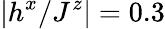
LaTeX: |h^{x}/J^{z}|=0.3